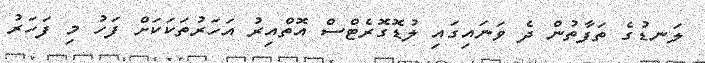
ލަނޑުގެ ތަފާތުން ދެ ވަނައިގައި ލުޑޮގޮރެޓްސް އޮތްއިރު އަހަރުތަކަކަށް ފަހު މި ފަހަރު